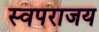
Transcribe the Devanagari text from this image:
स्वपराजय